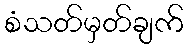
စံသတ်မှတ်ချက်